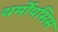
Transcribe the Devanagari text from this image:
थर्मोपसिस